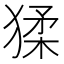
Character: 猱